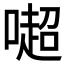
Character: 𠾸